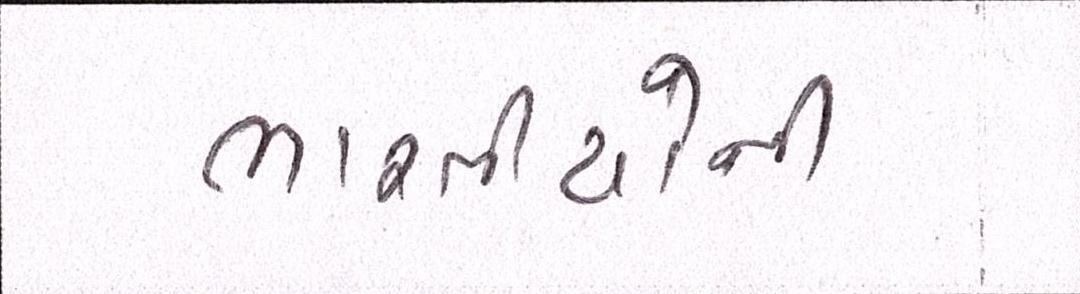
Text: ભારતીયોની